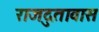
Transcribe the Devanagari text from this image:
राजदुतावास